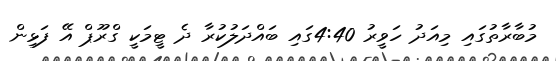
މުބާރާތުގައި މިއަދު ހަވީރު 4:40ގައި ބައްދަލުކުރާ ދެ ޓީމަކީ ގްރޫޕް އޭ ފަޅިން